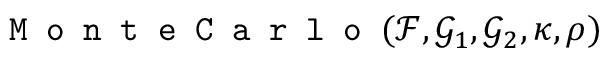
\texttt { M o n t e C a r l o } ( \mathcal { F } , \mathcal { G } _ { 1 } , \mathcal { G } _ { 2 } , \kappa , \rho )